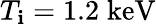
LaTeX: T_{\mathbf{i}}=1.2\; \mathrm{{keV}}